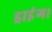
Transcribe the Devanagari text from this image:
ड्राइंग।